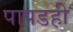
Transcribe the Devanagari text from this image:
पापडही